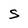
Character: s